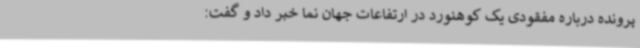
پرونده درباره مفقودی یک کوهنورد در ارتفاعات جهان نما خبر داد و گفت: